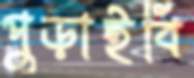
পুড়াইবি